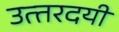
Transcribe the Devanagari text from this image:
उत्‍तरदयी